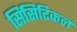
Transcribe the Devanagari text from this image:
सिंसिटिकल